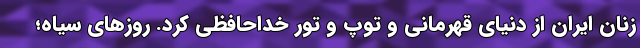
زنان ایران از دنیای قهرمانی و توپ و تور خداحافظی کرد. روزهای سیاه؛